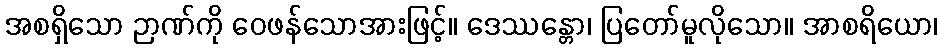
အစရှိသော ဉာဏ်ကို ဝေဖန်သောအားဖြင့်။ ဒေဿန္တော၊ ပြတော်မူလိုသော။ အာစရိယော၊